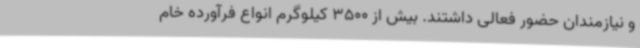
و نیازمندان حضور فعالی داشتند. بیش از 3500 کیلوگرم انواع فرآورده خام